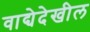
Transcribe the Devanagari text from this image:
वाद्येदेखील